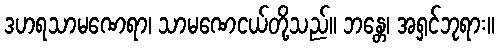
ဒဟရသာမဏေရာ၊ သာမဏေငယ်တို့သည်။ ဘန္တေ၊ အရှင်ဘုရား။